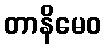
တာနိမေဝ